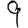
Digit: 9